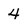
Character: 4